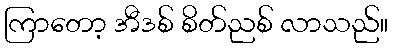
ကြာတော့ အီဒစ် စိတ်ညစ် လာသည်။